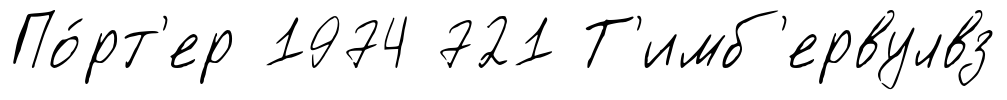
По́рт'ер 1974 721 Т'имб'ервулвз